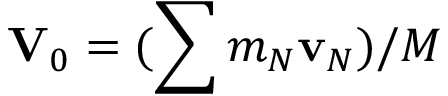
{ \bf V } _ { 0 } = ( \sum m _ { N } { \bf v } _ { N } ) / M